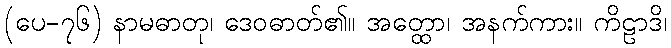
(ပေ-၇၆) နာမဓာတု၊ ဒေဝဓာတ်၏။ အတ္ထော၊ အနက်ကား။ ကိဠာဒိ၊